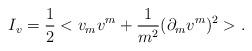
LaTeX: \begin{align*}I_v = \frac{1}{2}< v_m v^m + \frac{1}{m^2}(\partial_m v^m)^2 >.\end{align*}